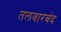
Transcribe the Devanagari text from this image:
तलवारबंद